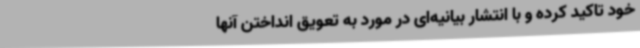
خود تاکید کرده و با انتشار بیانیه‌ای در مورد به تعویق انداختن آنها